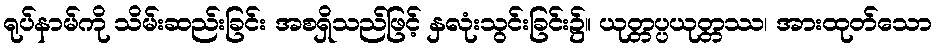
ရုပ်နာမ်ကို သိမ်းဆည်းခြင်း အစရှိသည်ဖြင့် နှလုံးသွင်းခြင်း၌။ ယုတ္တပ္ပယုတ္တဿ၊ အားထုတ်သော